Laimjala_vallavalitsus, lk 10
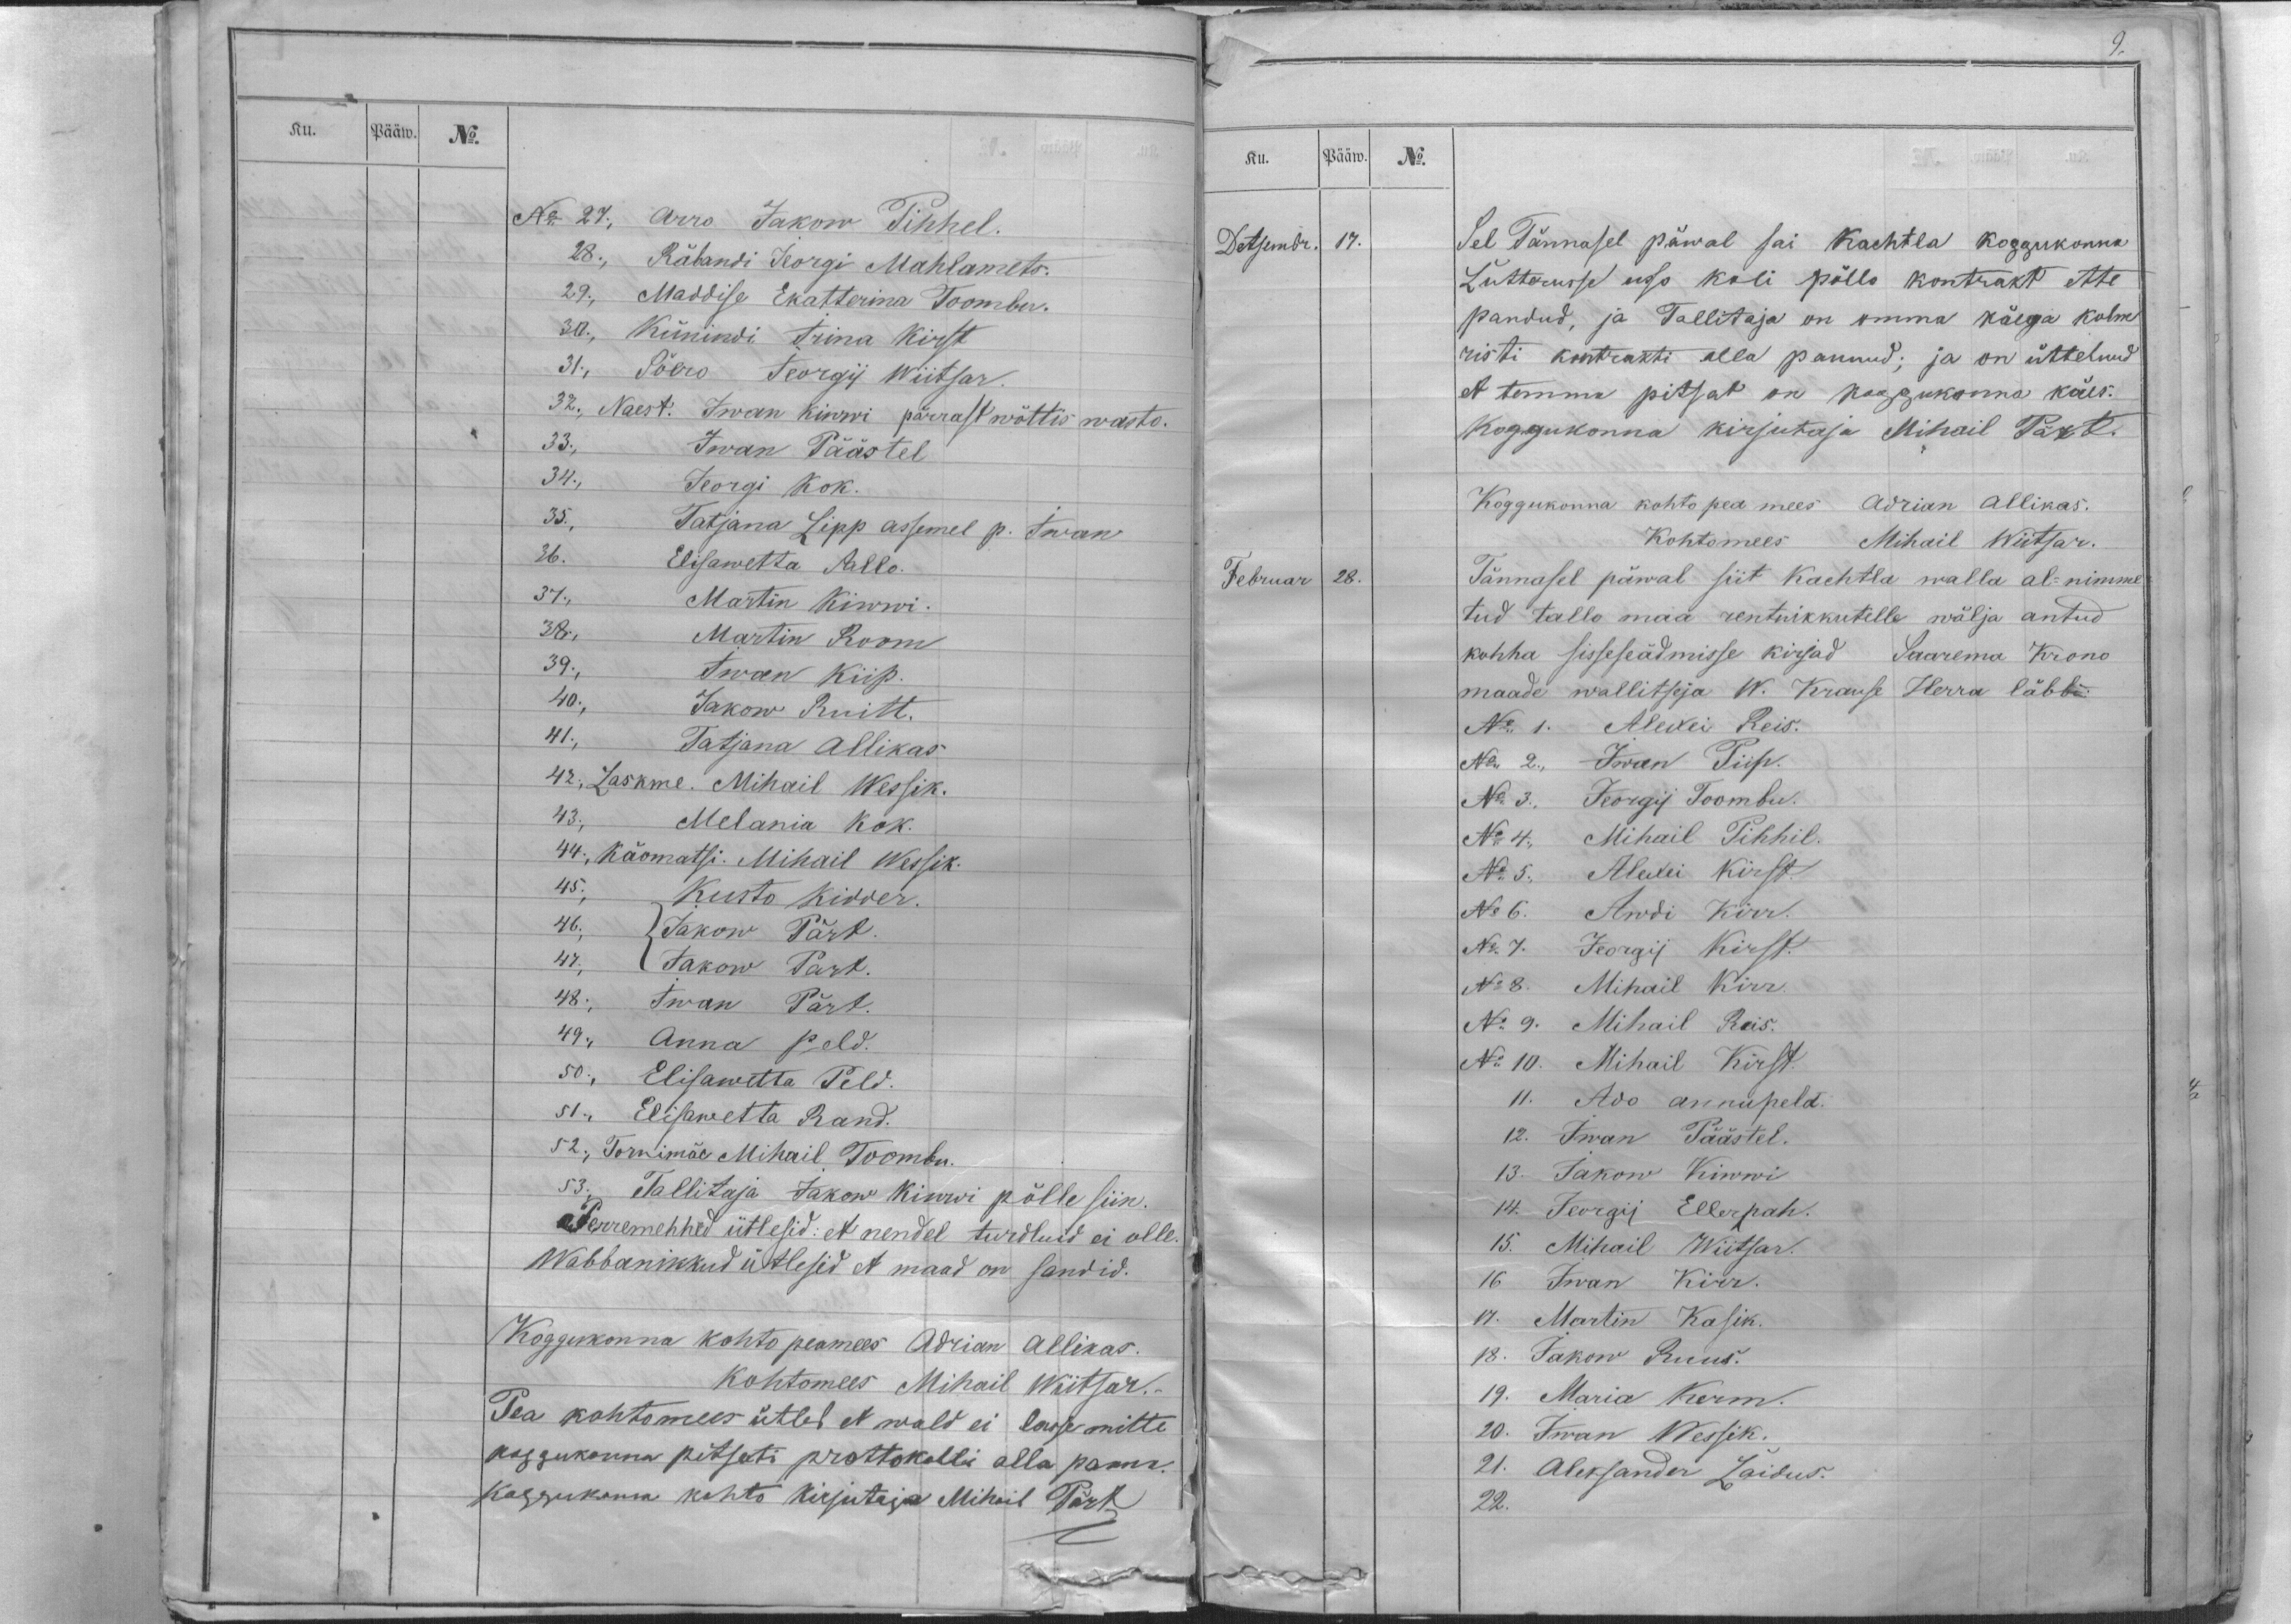
Ku.
Pääw.
No.

No 27; Arro Jakow Pihhel.
28., Räbandi Jeorgi Mahlamets.
29., Maddise Ekatterina Toombu.
30., Künindi Irina Kirst
31., Söero Jeorgij Wiitsar.
32., Naest. Iwan Kiwwi pärrast wõttis wasto.
33., Iwan Päästel
34., Jeorgi Kok.
35., Tatjana Lipp assemel p. Iwan
36. Elisawetta Pallo.
37., Martin Kiwwi.
38., Martin Room
39., Iwan Kiip.
40; Jakow Ruitt.
41., Tatjana Allikas
42., Laskme. Mihail Wessik.
43., Melania Kok.
44., Käomatsi. Mihail Wessik.
45., Kusto Kidder
46., { Jakow Pärt.
47., { Jakow Pärt.
48.,  Iwan Pärt.
49., Anna Peld.
50., Elisawetta Peld.
51., Elisawetta Rand.
52., Tornimäe Mihail Toombu.
53., Tallitaja Jakow Kiwwi põlle siin.
Perremehhed ütlesid: et nendel turdluid ei olle
Wabbanikkud ütlesid et maad on sandid.
Koggukonna kohto peamees Adrian Allikas.
kohtomees Mihail Wiitsar._
Pea kohtomees ütleb et wald ei lasse mitte
koggukonna pitsati prottokolli alla panna.
koggukonna kohto kirjutaja Mihail Pärt

Ku.
Pääw.
No.
Detsembr.
17.
Sel Tännasel päwal sai Kachtla koggukonna
Lutterusse usso koli põllo kontrakt ette
pandud, ja Tallitaja on omma käega kolm
risti kontrakti alla pannud; ja on üttelnud
et temma pitsat on koggukonna käes.
Koggukonna kirjutaja Mihail Pärt.
Koggukonna kohto pea mees Adrian Allikas.
Kohtomees Mihail Wiitsar.
Februar
28.
Tännasel päwal siit Kachtla walla al-nimme
tud tallo maa rentnikkutelle wälja antud
kohha sisseseädmisse kirjad Saarema Krono
maade wallitseja W. Krause Herra läbbi:
No 1. Alexei Reis.
No 2., Iwan Piip.
No 3., Jeorgij Toombu.
No 4., Mihail Pihhil.
No 5., Alexei Kirst.
No 6. Awdi Kirr.
No 7. Jeorgij Kirst.
No 8. Mihail Kirr.
No 9. Mihail Reis.
No 10. Mihail Kirst.
11. Ado annupeld.
12. Iwan Päästel.
13. Jakow Kiwwi
14. Jeorgij Ellerpah.
15. Mihail Wiitsar.
16 Iwan Kirr.
17. Martin Kasik.
18. Jakow Ruus.
19. Maria Kerm.
20. Iwan Wessik.
21. Aleksander Laidus.
22.